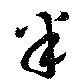
半